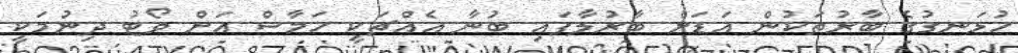
ހުޅަނގުގެ ބާރުތަކުން އަޑަށް ބާރުލާފައި ބުނާ އެއްޗަކީ ހަމާސް އަށް ވޯޓު ދިނުމަކީ